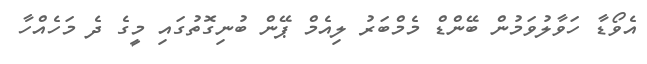
އެވޯޑާ ހަވާލުވަމުން ބޭންޑް މެމްބަރު ލިއެމް ޕޭން ބުނިގޮތުގައި މީގެ ދެ މަހެއްހާ